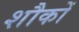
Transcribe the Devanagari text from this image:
शौकों